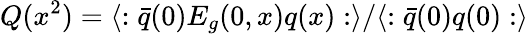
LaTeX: Q(x^{2})=\langle:\bar{q}(0)E_{g}(0,x)q(x):\rangle/\langle:\bar{q}(0)q(0):\rangle